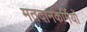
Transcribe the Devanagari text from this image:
मतदानकर्मियों